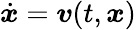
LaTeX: {\dot{\boldsymbol{x}}}={\boldsymbol{v}}(t,{\boldsymbol{x}})